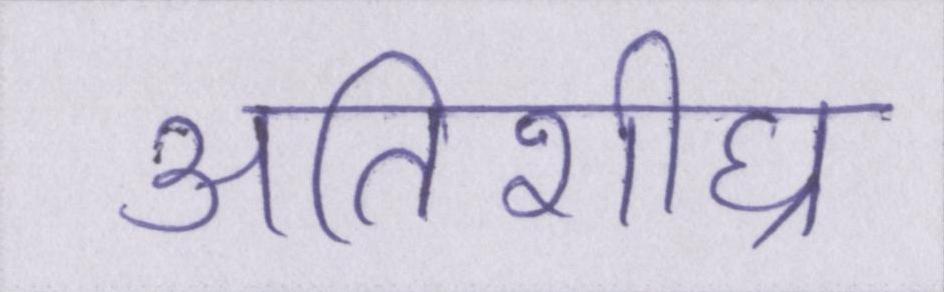
अतिशीघ्र